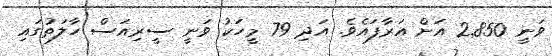
ވަނީ 2